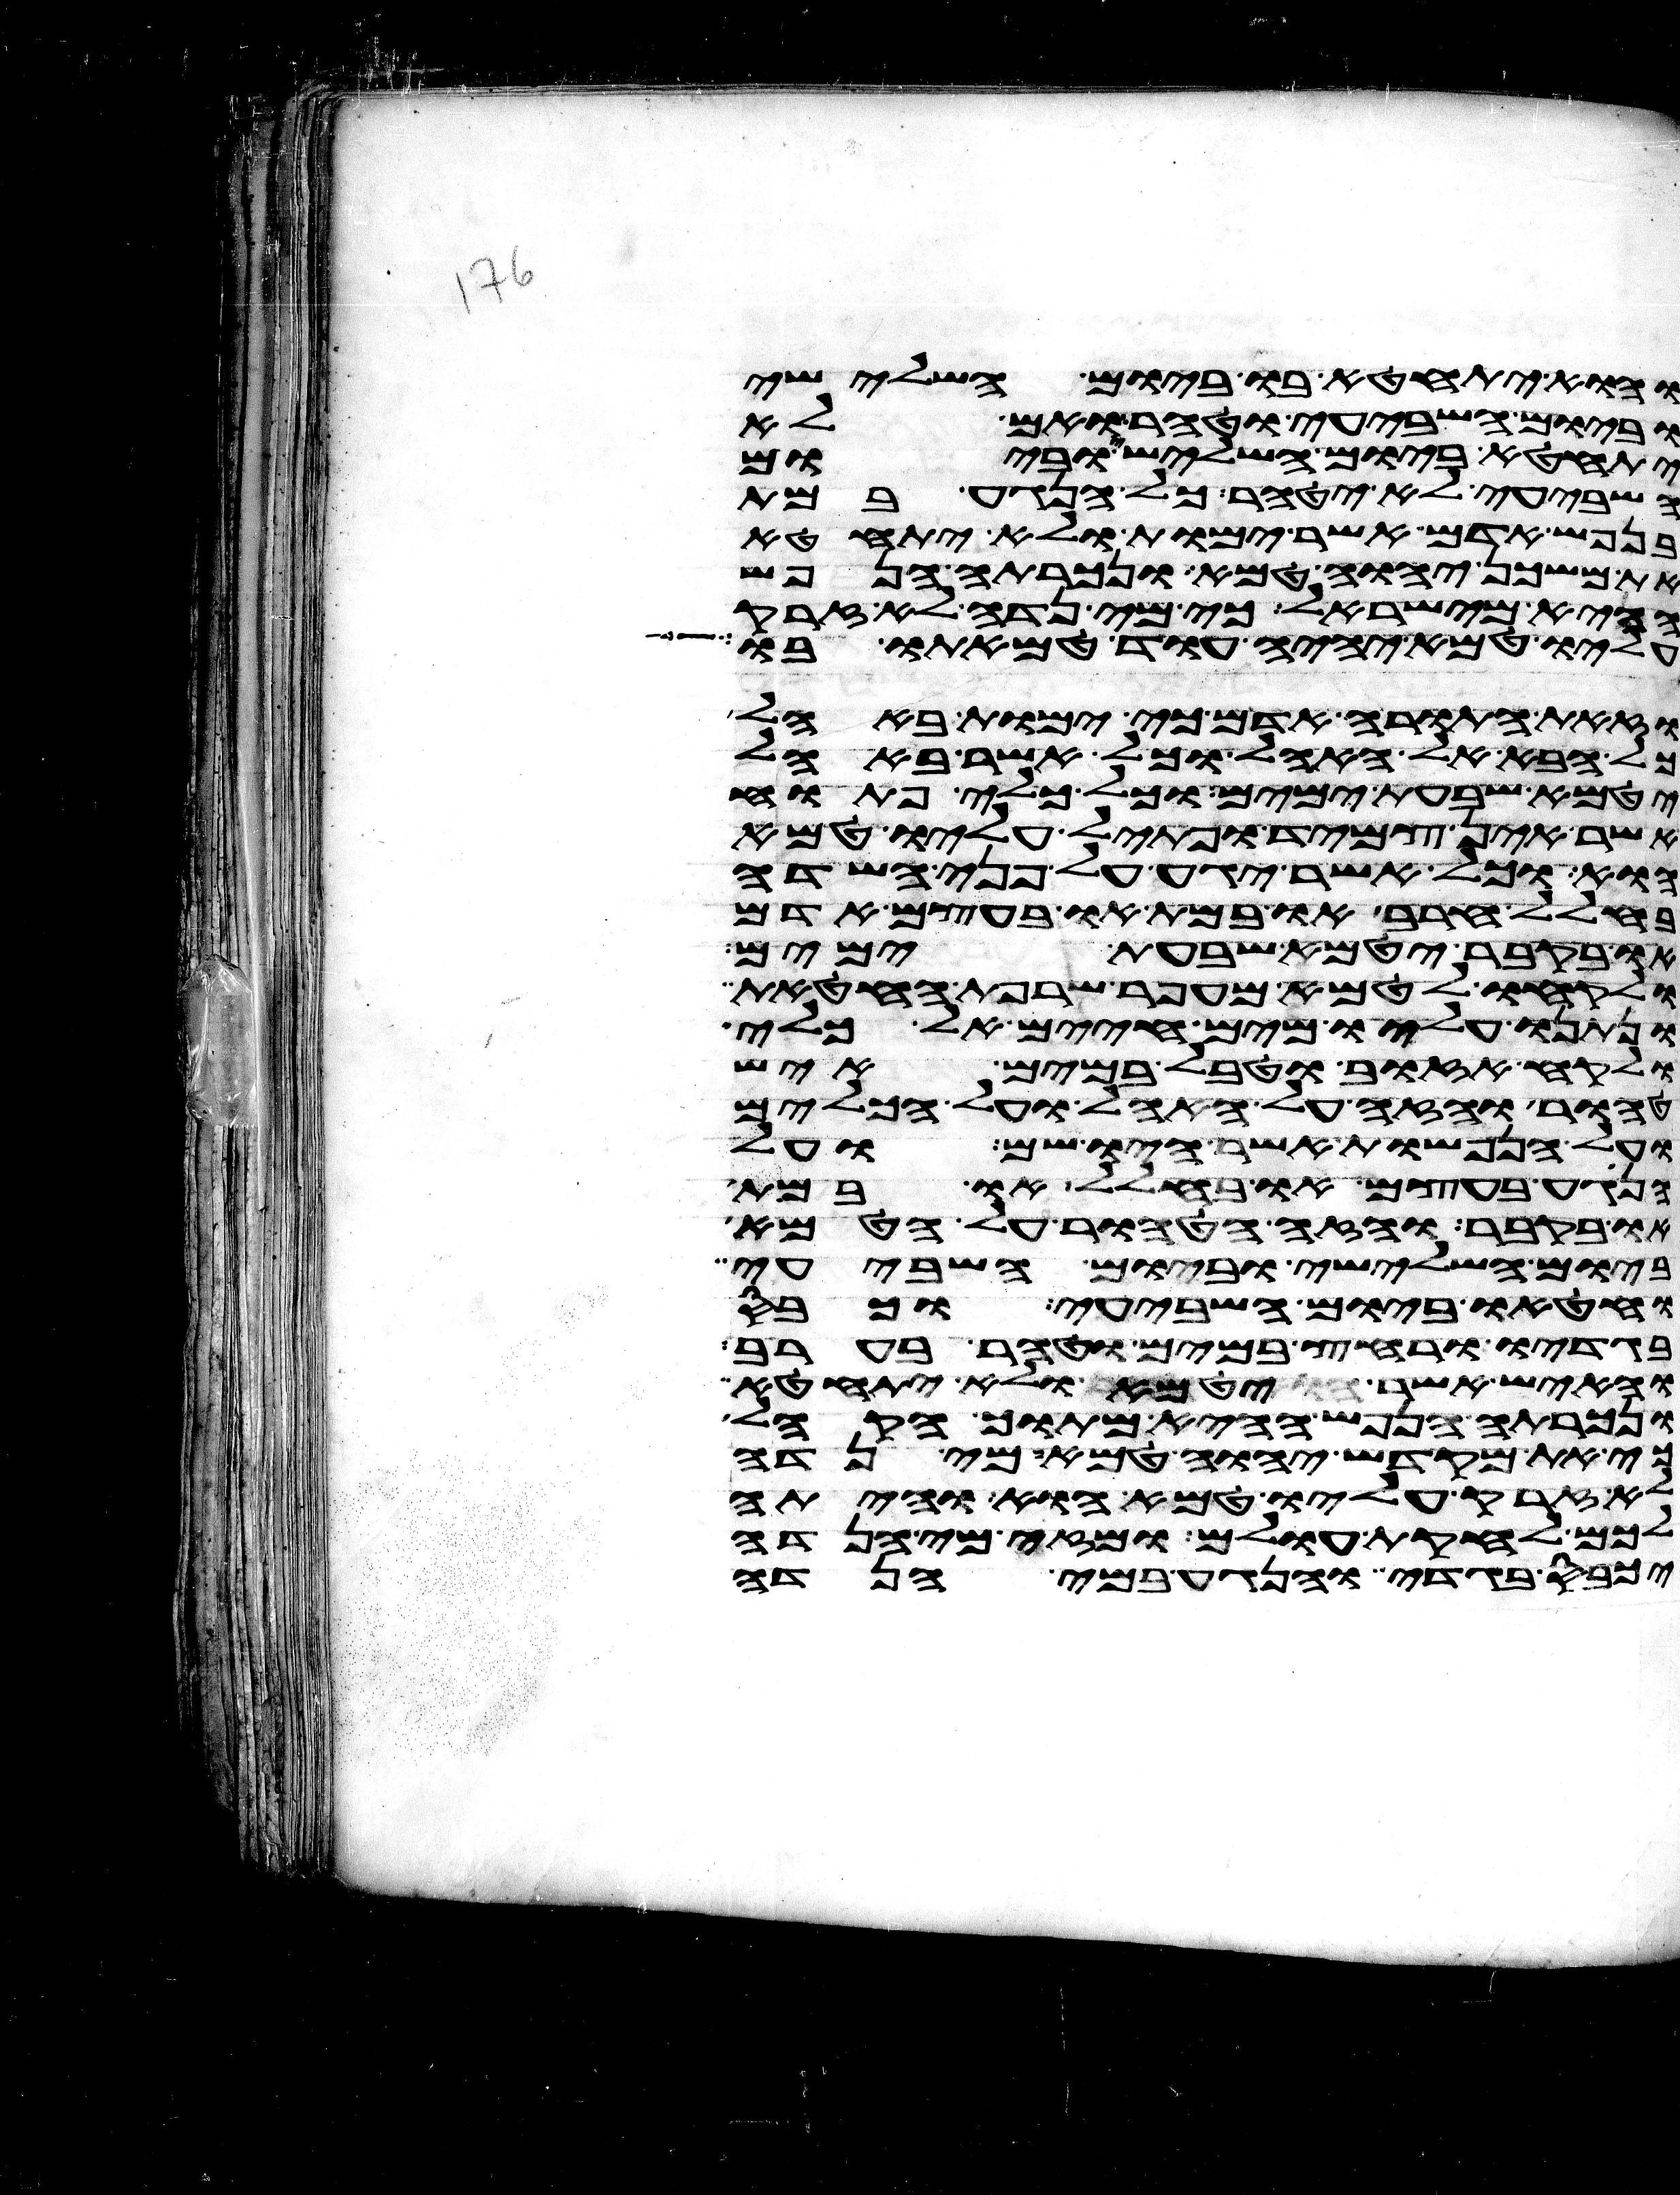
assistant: והוא יתחטא בו ביום השלישי
וביום השביעי וטהר ואם לא
יתחטא ביום השלישי וביום
השביעי לא יטהר כל הנגע במת
בנפש אדם אשר ימות ולא יתחטא
את משכן יהוה טמא ונכרתה הנפש
ההיא מישראל כי מי נדה לא זרק
עליו טמא יהיה עוד טמאתו בו
וזאת התורה אדם כי ימות באהל
כל הבא אל האהל וכל אשר באהל
יטמא שבעת ימים וכל כלי פתוח
אשר אין צמיד ופתיל עליו טמא
הוא וכל אשר יגע על פני השדה
בחלל חרב או במת או בעצם אדם
או בקבר יטמא שבעת ימים
ולקחו לטמא מעפר שרפת החטאת
ונתנו עליו מים חיים אל כלי
ולקח אזוב וטבל במים איש
טהור והזה על האהל ועל הכלים
ועל הנפשות אשר היו שם ועל
הנגע בעצם או בחלל או במת
או בקבר והזה הטהור על הטמא
ביום השלישי וביום השביעי
וחטאו ביום השביעי וכבס
בגדיו ורחץ במים וטהר בערב
והאיש אשר יטמא ולא יתחטא
ונכרתה הנפש ההיא מתוך הקהל
כי את מקדש יהוה טמא מי נדה
לא זרק עליו טמא הוא והיתה
לכם לחקות עולם ומזה מי הנדה
יכבס בגדיו והנגע במי הנדה